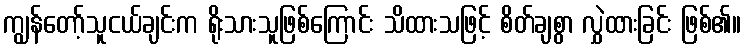
ကျွန်တော့်သူငယ်ချင်းက ရိုးသားသူဖြစ်ကြောင်း သိထားသဖြင့် စိတ်ချစွာ လွှဲထားခြင်း ဖြစ်၏။